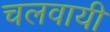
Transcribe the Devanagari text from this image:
चलवायी